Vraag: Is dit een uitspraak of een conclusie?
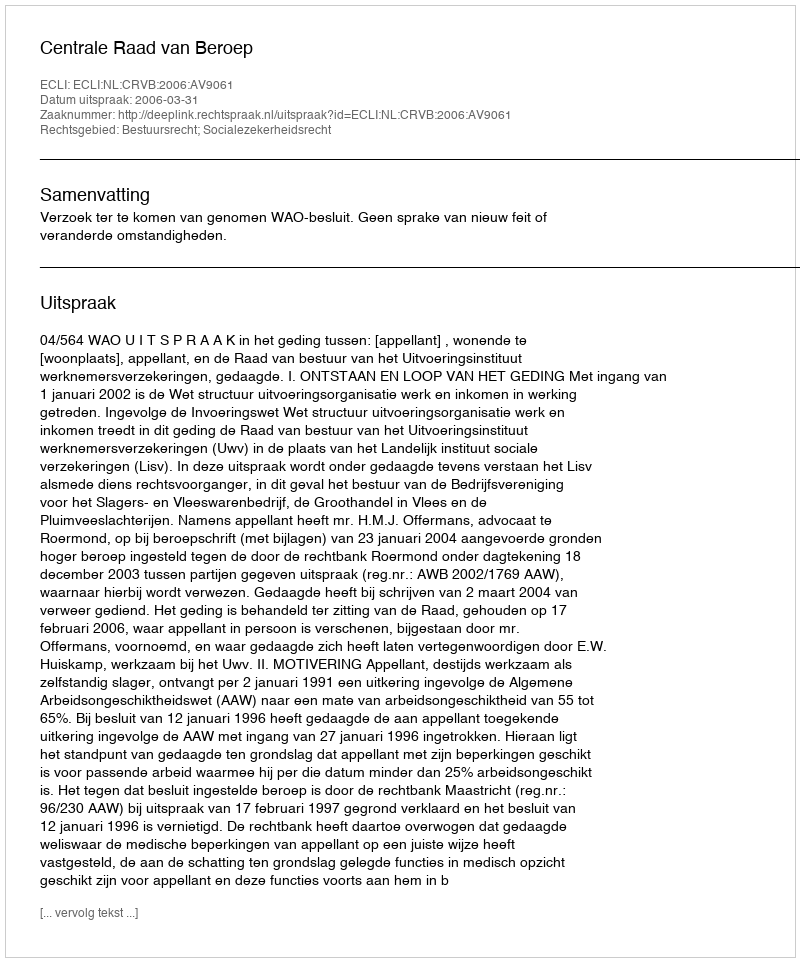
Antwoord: Uitspraak